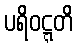
ပရိဝဋ္ဋတိ